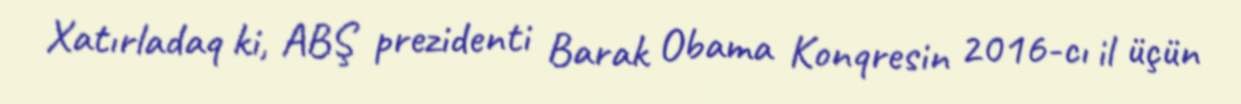
Xatırladaq ki, ABŞ prezidenti Barak Obama Konqresin 2016-cı il üçün